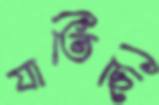
যাতিছি